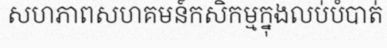
សហភាពសហគមន៍កសិកម្មក្នុងលប់បំបាត់